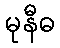
မုနီဓ